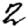
Digit: 2